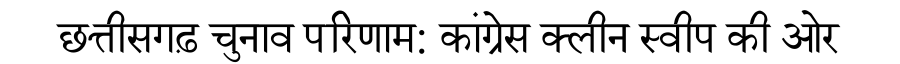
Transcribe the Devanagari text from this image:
छत्तीसगढ़ चुनाव परिणाम: कांग्रेस क्लीन स्वीप की ओर